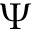
\Psi